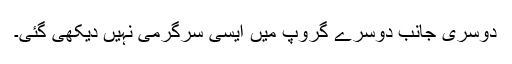
دوسری جانب دوسرے گروپ میں ایسی سرگرمی نہیں دیکھی گئی۔